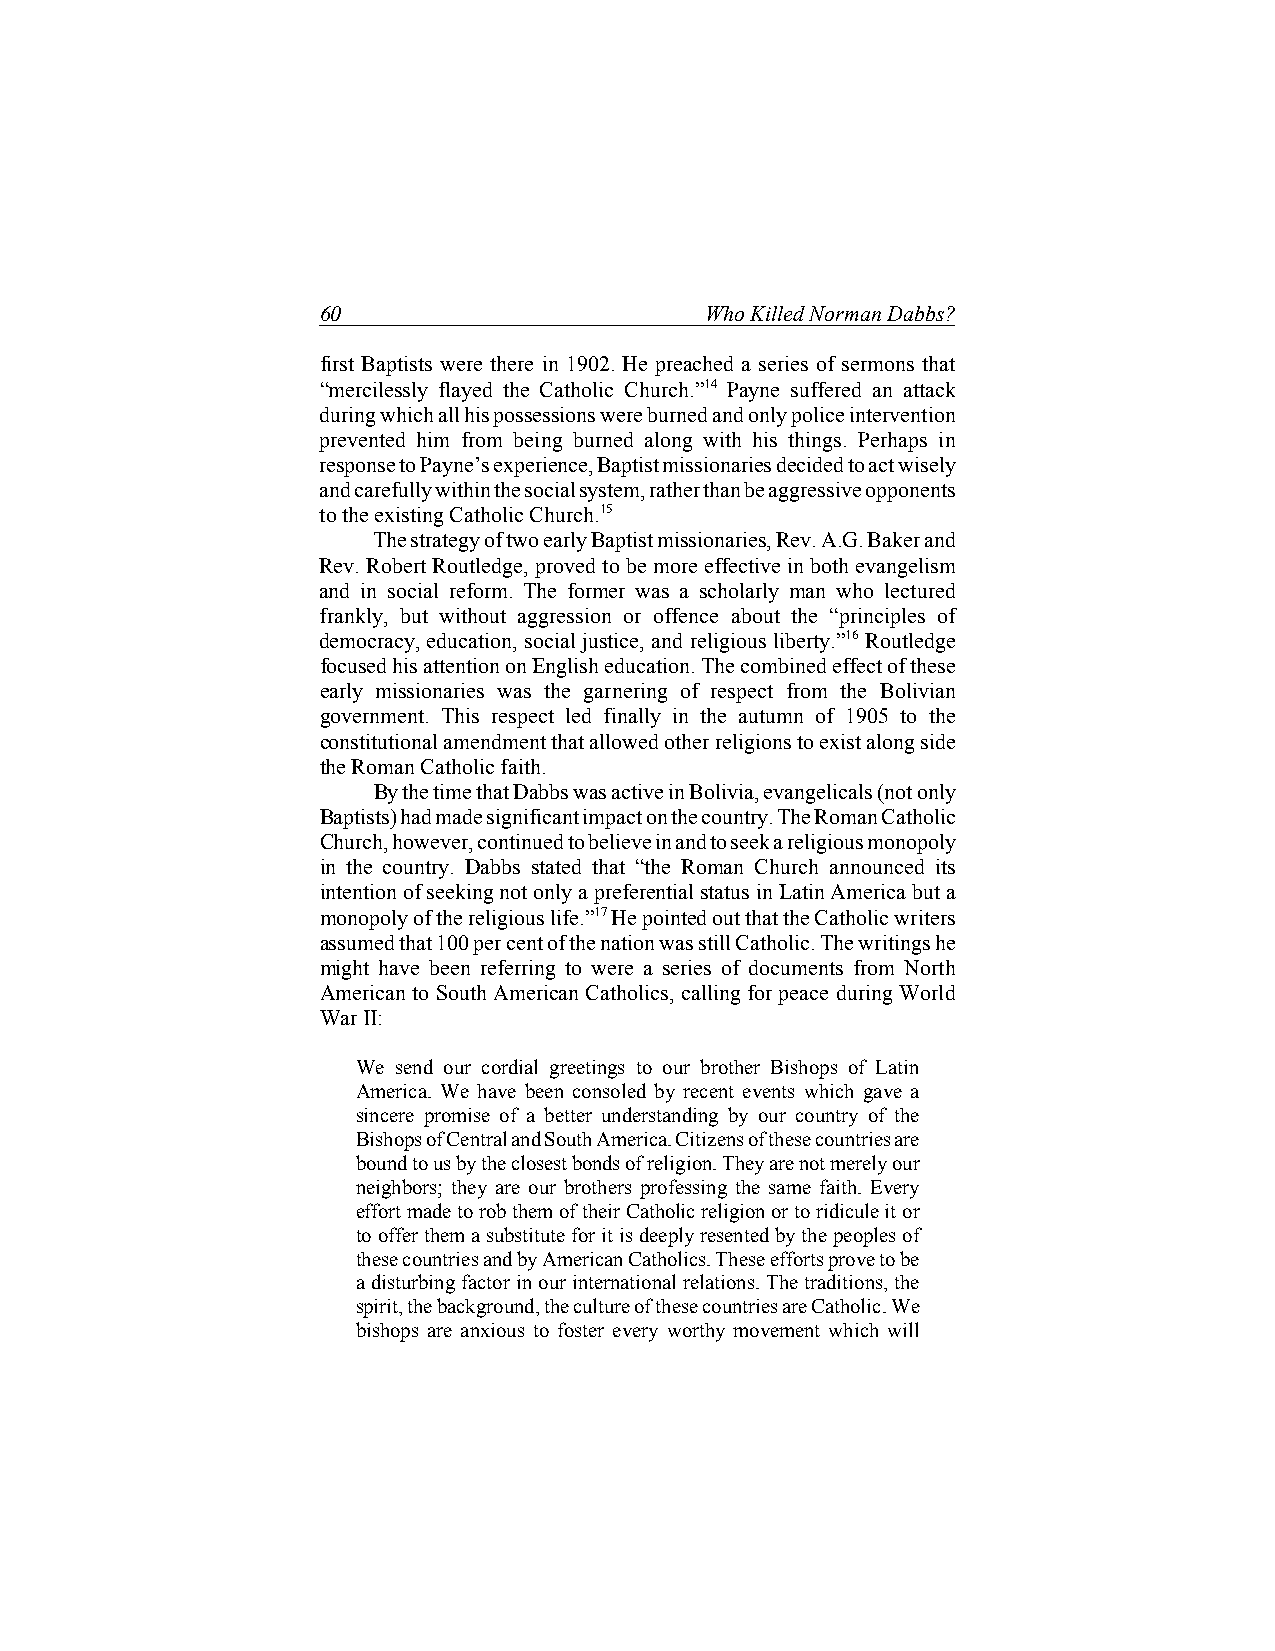
60                        Who Killed Norman Dabbs?
 first Baptists were there in 1902. He preached a series of sermons that
 “mercilessly flayed the Catholic Church.”14 Payne suffered an attack
 during which all his possessions were burned and only police intervention
 prevented him from being burned along with his things. Perhaps in
 response to Payne’s experience, Baptist missionaries decided to act wisely
 and carefully within the social system, rather than be aggressive opponents
 to the existing Catholic Church.15
 The strategy of two early Baptist missionaries, Rev. A.G. Baker and
 Rev. Robert Routledge, proved to be more effective in both evangelism
 and in social reform. The former was a scholarly man who lectured
 frankly, but without aggression or offence about the “principles of
 democracy, education, social justice, and religious liberty.”16 Routledge
 focused his attention on English education. The combined effect of these
 early missionaries was the garnering of respect from the Bolivian
 government. This respect led finally in the autumn of 1905 to the
 constitutional amendment that allowed other religions to exist along side
 the Roman Catholic faith.
 By the time that Dabbs was active in Bolivia, evangelicals (not only
 Baptists) had made significant impact on the country. The Roman Catholic
 Church, however, continued to believe in and to seek a religious monopoly
 in the country. Dabbs stated that “the Roman Church announced its
 intention of seeking not only a preferential status in Latin America but a
 monopoly of the religious life.”17 He pointed out that the Catholic writers
 assumed that 100 per cent of the nation was still Catholic. The writings he
 might have been referring to were a series of documents from North
 American to South American Catholics, calling for peace during World
 War II:
 We send our cordial greetings to our brother Bishops of Latin
 America. We have been consoled by recent events which gave a
 sincere promise of a better understanding by our country of the
 Bishops of Central and South America. Citizens of these countries are
 bound to us by the closest bonds of religion. They are not merely our
 neighbors; they are our brothers professing the same faith. Every
 effort made to rob them of their Catholic religion or to ridicule it or
 to offer them a substitute for it is deeply resented by the peoples of
 these countries and by American Catholics. These efforts prove to be
 a disturbing factor in our international relations. The traditions, the
 spirit, the background, the culture of these countries are Catholic. We
 bishops are anxious to foster every worthy movement which will